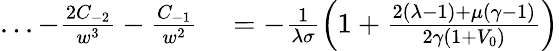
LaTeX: \begin{array}{rl}{...-\frac{2C_{-2}}{w^{3}}-\frac{C_{-1}}{w^{2}}}&{{}=-\frac{1}{\lambda\sigma}\left(1+\frac{2\left(\lambda-1\right)+\mu\left(\gamma-1\right)}{2\gamma\left(1+V_{0}\right)}\right)}\end{array}